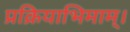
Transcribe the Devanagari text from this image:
प्रक्रियाभिमाम्।